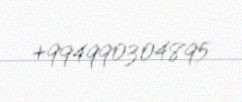
+994990304895